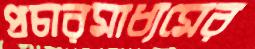
প্রচারমাধ্যমের